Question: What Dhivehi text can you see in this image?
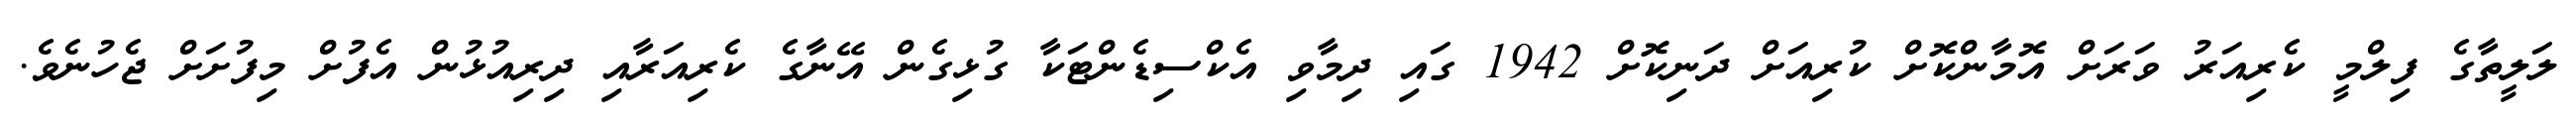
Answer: ލަލީތާގެ ފިލްމީ ކެރިއަރު ވަރަށް އޮމާންކޮށް ކުރިއަށް ދަނިކޮށް 1942 ގައި ދިމާވި އެކްސިޑެންޓަކާ ގުޅިގެން އޭނާގެ ކެރިއަރާއި ދިރިއުޅުން އެފުށް މިފުށަށް ޖެހުނެވެ.